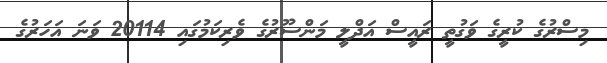
މިސްރުގެ ކުރީގެ ވަގުތީ ރައީސް އަދްލީ މަންސޫރުގެ ވެރިކަމުގައި 20114 ވަނަ އަހަރުގެ